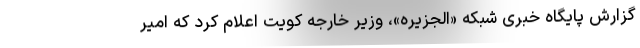
گزارش پایگاه خبری شبکه «الجزیره»، وزیر خارجه کویت اعلام کرد که امیر